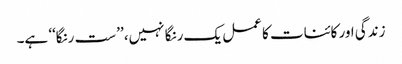
زندگی اور کائنات کا عمل یک رنگا نہیں، ’’ست رنگا‘‘ ہے۔